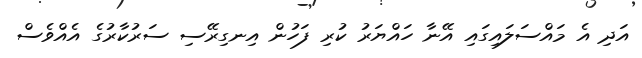
އަދި އެ މައްސަލައިގައި އޭނާ ހައްޔަރު ކުރި ފަހުން އިނގިރޭސި ސަރުކާރުގެ އެއްވެސް